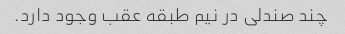
چند صندلی در نیم طبقه عقب وجود دارد.